Report of the Indian Hemp Drugs Commission, 1894-1895 - Volume VII
Year: 1894
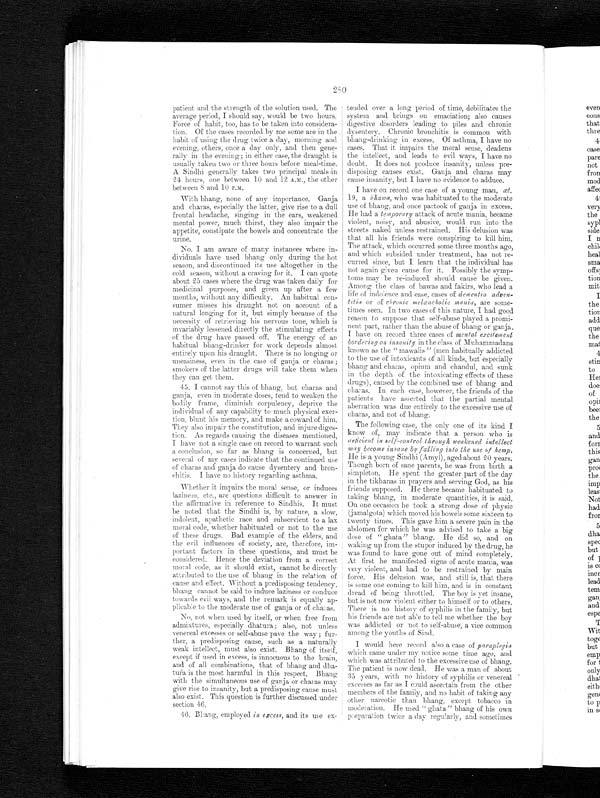
280
patient and the strength of the solution used. The
average period, I should say, would be two hours.
Force of habit, too, has to be taken into considera--
tion. Of the cases recorded by me some are in the
habit of using the drug twice a day, morning and
evening, others, once a day only, and then gene-
-rally in the evening; in either case, the draught is
usually taken two or three hours before meal-time.
A Sindhi generally takes two principal meals in
24 hours, one between 10 and 12 A.M., the other
between 8 and 10 P.M.
With bhang, none of any importance. Ganja
and charas, especially the latter, give rise to a dull
frontal headache, singing in the ears, weakened
mental power, much thirst, they also impair the
appetite, constipate the bowels and concentrate the
urine.
No. I am aware of many instances where in-
dividuals have used bhang only during the hot
season, and discontinued its use altogether in the
cold season, without a craving for it. I can quote
about 25 cases where the drug was taken daily for
medicinal purposes, and given up after a few
months, without any difficulty. An habitual con-
sumer misses his draught not on account of a
natural longing for it, but simply because of the
necessity of retrieving his nervous tone, which is
invariably lessened directly the stimulating effects
of the drug have passed off. The energy of an
habitual bhang-drinker for work depends almost
entirely upon his draught. There is no longing or
uneasiness, even in the case of ganja or charas;
smokers of the latter drugs will take them when
they can get them.
45. I cannot say this of bhang, but charas and
ganja, even in moderate doses, tend to weaken the
bodily frame, diminish corpulency, deprive the
individual of any capability to much physical exer-
tion, blunt his memory, and make a coward of him.
They also impair the constitution, and injure diges-
tion. As regards causing the diseases mentioned,
I have not a single case on record to warrant such
a conclusion, so far as bhang is concerned, but
several of my cases indicate that the continued use
of charas and ganja do cause dysentery and bron-
chitis. I have no history regarding asthma.
Whether it impairs the moral sense, or induces
laziness, etc., are questions difficult to answer in
the affirmative in reference to Sindhis. It must
be noted that the
S i n d h i i s , b y n a t u r e , a s l o w , i n d o l e n t , a p a t h e t i c r a c e a n d s u b s e r v i e n t t o a l a x
moral code, whether habituated or not to the use
of these drugs. Bad example of the elders, and
the evil influences of society, are, therefore, im--
portant factors in these questions, and must be
considered. Hence the deviation from a correct
moral code, as it should exist, cannot be directly
attributed to the use of bhang in the relation of
cause and effect. Without a predisposing tendency,
bhang cannot be said to induce laziness or conduce
towards evil ways, and the remark is equally ap-
plicable to the moderate use of ganja or of charas.
No, not when used by itself, or when free from
admixtures, especially dhatura; also, not unless
venereal excesses or self-abuse pave the way ; fur-
ther, a predisposing cause, such as a naturally
weak intellect, must also exist. Bhang of itself,
except if used in excess, is innocuous to the brain,
and of all combinations, that of bhang and
d h a - t u r a i s t h e m o s t h a r m f u l i n t h i s r e s p e c t . B h a n g
with the simultaneous use of ganja or charas may
give rise to insanity, but a predisposing cause must
also exist. This question is further discussed under
section 46.
46. Bhang, employed in excess, and its use ex-
tended over a long period of time, debilitates the
system and brings on emaciation; also causes
digestive disorders leading to piles and chronic
dysentery. Chronic bronchitis is common with
bhang-drinking in excess. Of asthma, I have no
cases. That it impairs the moral sense, deadens
the intellect, and leads to evil ways, I have no
doubt. It does not produce insanity, unless pre-
disposing causes exist. Ganja and charas may
cause insanity, but I have no evidence to adduce.
I have On record one case of a young man, at.
19, a bhawa, who was habituated to the moderate
use of bhang, and once partook of ganja in excess.
He had a temporary attack of acute mania, became
violent, noisy, and abusive, would run into the
streets naked unless restrained. His delusion was
that all his friends were conspiring to kill him.
The attack, which occurred some three months ago,
and which subsided under treatment, has not re-
curred since, but I learn that the individual has
not again given cause for it. Possibly the symp-
toms may be re-induced should cause be given.
Among the class of bawas and fakirs, who lead a
life of indolence and ease, cases of dementia
adven-titia or of chronic melancholic mania, are some-
times seen. In two cases of this nature, I had good
reason to suppose that self-abuse played a promi-
nent part, rather than the abuse of bhang or ganja.
I have on record three cases of mental excitement
bordering on insanity in the class of Muhammadans
known as the " mawalis " (men habitually addicted
to the use of intoxicants of all kinds, but especially
bhang and charas, opium and chandul, and sunk
in the depth of the intoxicating effects of these
drugs), caused by the combined use of bhang and
charas. In each case, however, the friends of the
patients have asserted that the partial mental
aberration was due entirely to the excessive use of
charas, and not of bhang.
The following case, the only one of its kind I
know of, may indicate that a person who is
deficient in self-control through weakened intellect
may become insane by falling into the use of hemp.
He is a young Sindhi (Amyl), aged about 20 years.
Though born of sane parents, he was from birth a
simpleton. He spent the greater part of the day
in the tikhanas in prayers and serving God, as his
friends supposed. He there became habituated to
taking bhang, in moderate quantities, it is said.
On one occasion he took a strong dose of physic
(jamalgota) which moved his bowels some sixteen to
twenty times. This gave him a severe pain in the
abdomen for which he was advised to take a big
dose of "ghata" bhang. He did so, and on
waking up from the stupor induced by the drug, he
was found to have gone out of mind completely.
At first he manifested signs of acute mania, was
very violent, and had to be restrained by main
force. His delusion was, and still is, that there
is some one coming to kill him, and is in constant
dread of being throttled. The boy is yet insane,
but is not now violent either to himself or to others.
There is no history of syphilis in the family, but
his friends are not able to tell me whether the boy
was addicted or not to self-abuse, a vice common
among the youths of Sind.
I would here record also a case of paraplegia
which came under my notice some time ago, and
which was attributed to the excessive use of bhang.
The patient is now dead. He was a man of about
35 years, with no history of syphilis or venereal
excesses as far as I could ascertain from the other
members of the family, and no habit of taking any
other narcotic than bhang, except tobacco in
moderation. He used "ghata" bhang of his own
preparation twice a day regularly, and sometimes